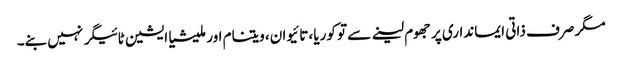
مگر صرف ذاتی ایمانداری پر جھوم لینے سے تو کوریا، تائیوان، ویتنام اور ملیشیا ایشین ٹائیگر نہیں بنے۔